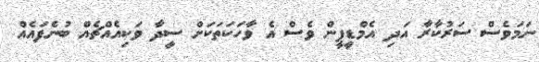
ނަމަވެސް ސަރުކާރާ އަދި އެމްޑީޕީން ވެސް އެ ވާހަކަތަކަށް ސީދާ ވަކިއެއްޗެއް ބުނެފައެއް